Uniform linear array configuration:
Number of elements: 4
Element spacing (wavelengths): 0.5
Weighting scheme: kaiser
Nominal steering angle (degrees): -30
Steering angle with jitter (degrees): -30.29
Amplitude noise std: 0.05
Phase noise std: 0.05

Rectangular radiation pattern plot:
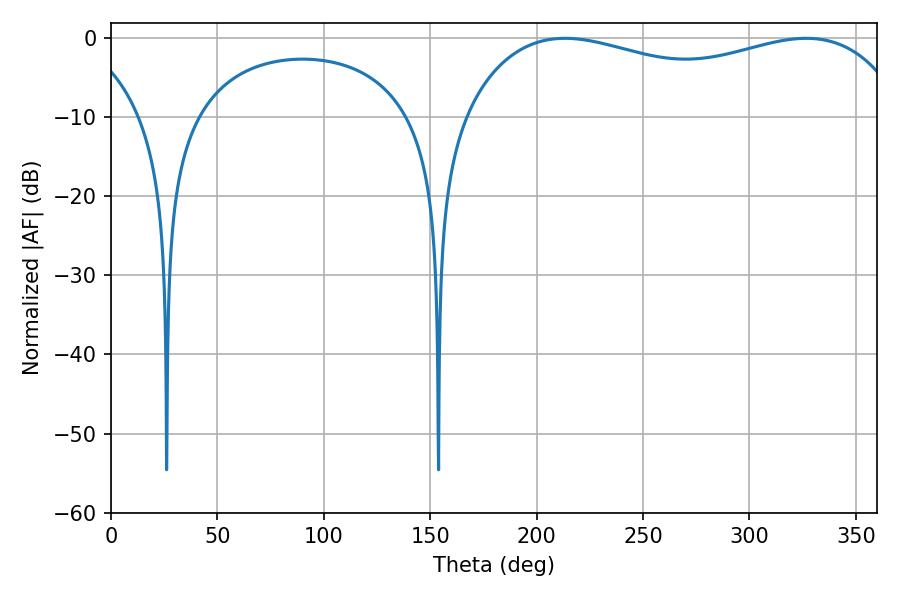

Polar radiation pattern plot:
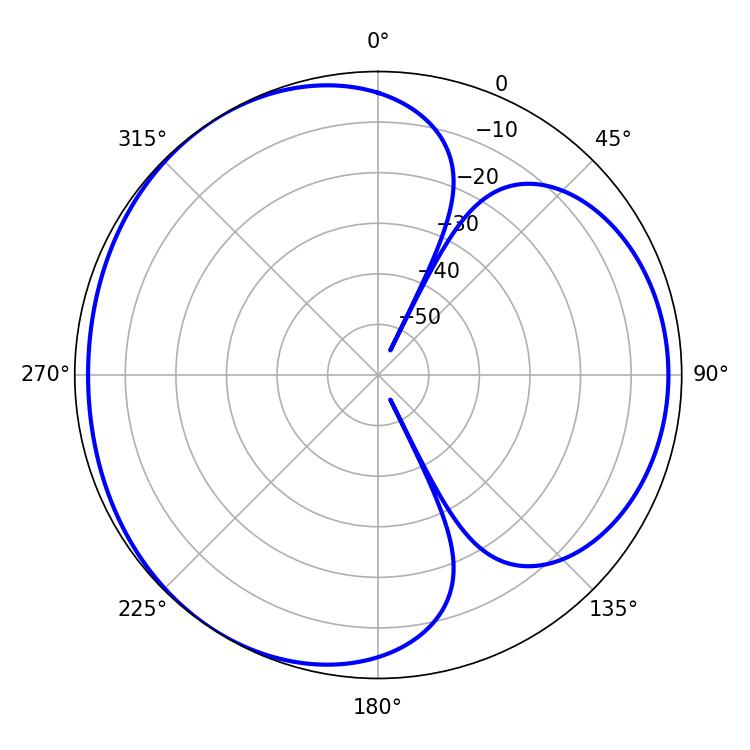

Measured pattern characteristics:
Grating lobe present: FALSE
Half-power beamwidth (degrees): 171
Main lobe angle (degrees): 213.3